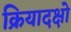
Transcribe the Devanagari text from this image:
क्रियादक्षो